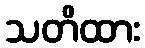
သတိထား